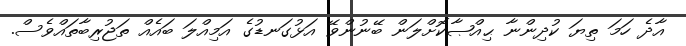
އާދެ ހަމަ ތިޔަ ކުދިންނާ ޙިއްޞާކޮށްލަން ބޭނުންވޭ އަޅުގަނޑުގެ އަމިއްލަ ބައެއް ތަޖުރިބާތައްވެސް.